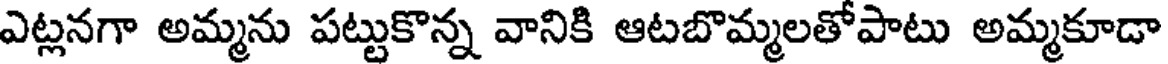
ఎట్లనగా అమ్మను పట్టుకొన్న వానికి ఆటబొమ్మలతోపాటు అమ్మకూడా